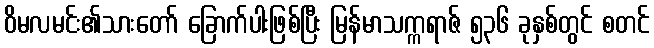
ဝိမလမင်း၏သားတော် ခြောက်ပါးဖြစ်ပြီး မြန်မာသက္ကရာဇ် ၅၃၆ ခုနှစ်တွင် စတင်